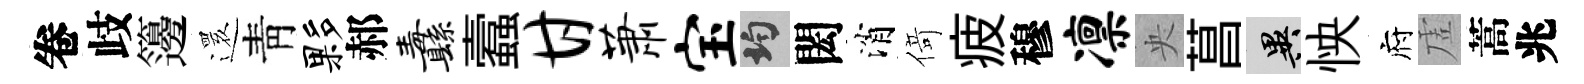
卷歧籩𮟃靑夥郝纛蠧甘萧宝均閎消𠋣疲穆凛央菖异怏府虗蒿兆